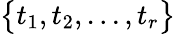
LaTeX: \big\{ t_{1},t_{2},...,t_{r}\big\}